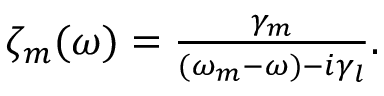
\begin{array} { r } { \zeta _ { m } ( \omega ) = \frac { \gamma _ { m } } { ( \omega _ { m } - \omega ) - i \gamma _ { l } } . } \end{array}